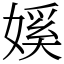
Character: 㜎